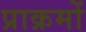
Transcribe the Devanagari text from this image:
प्राक्रमों